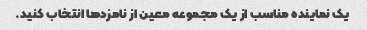
یک نماینده مناسب از یک مجموعه معین از نامزدها انتخاب کنید.